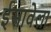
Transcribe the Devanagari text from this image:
ईसावेला